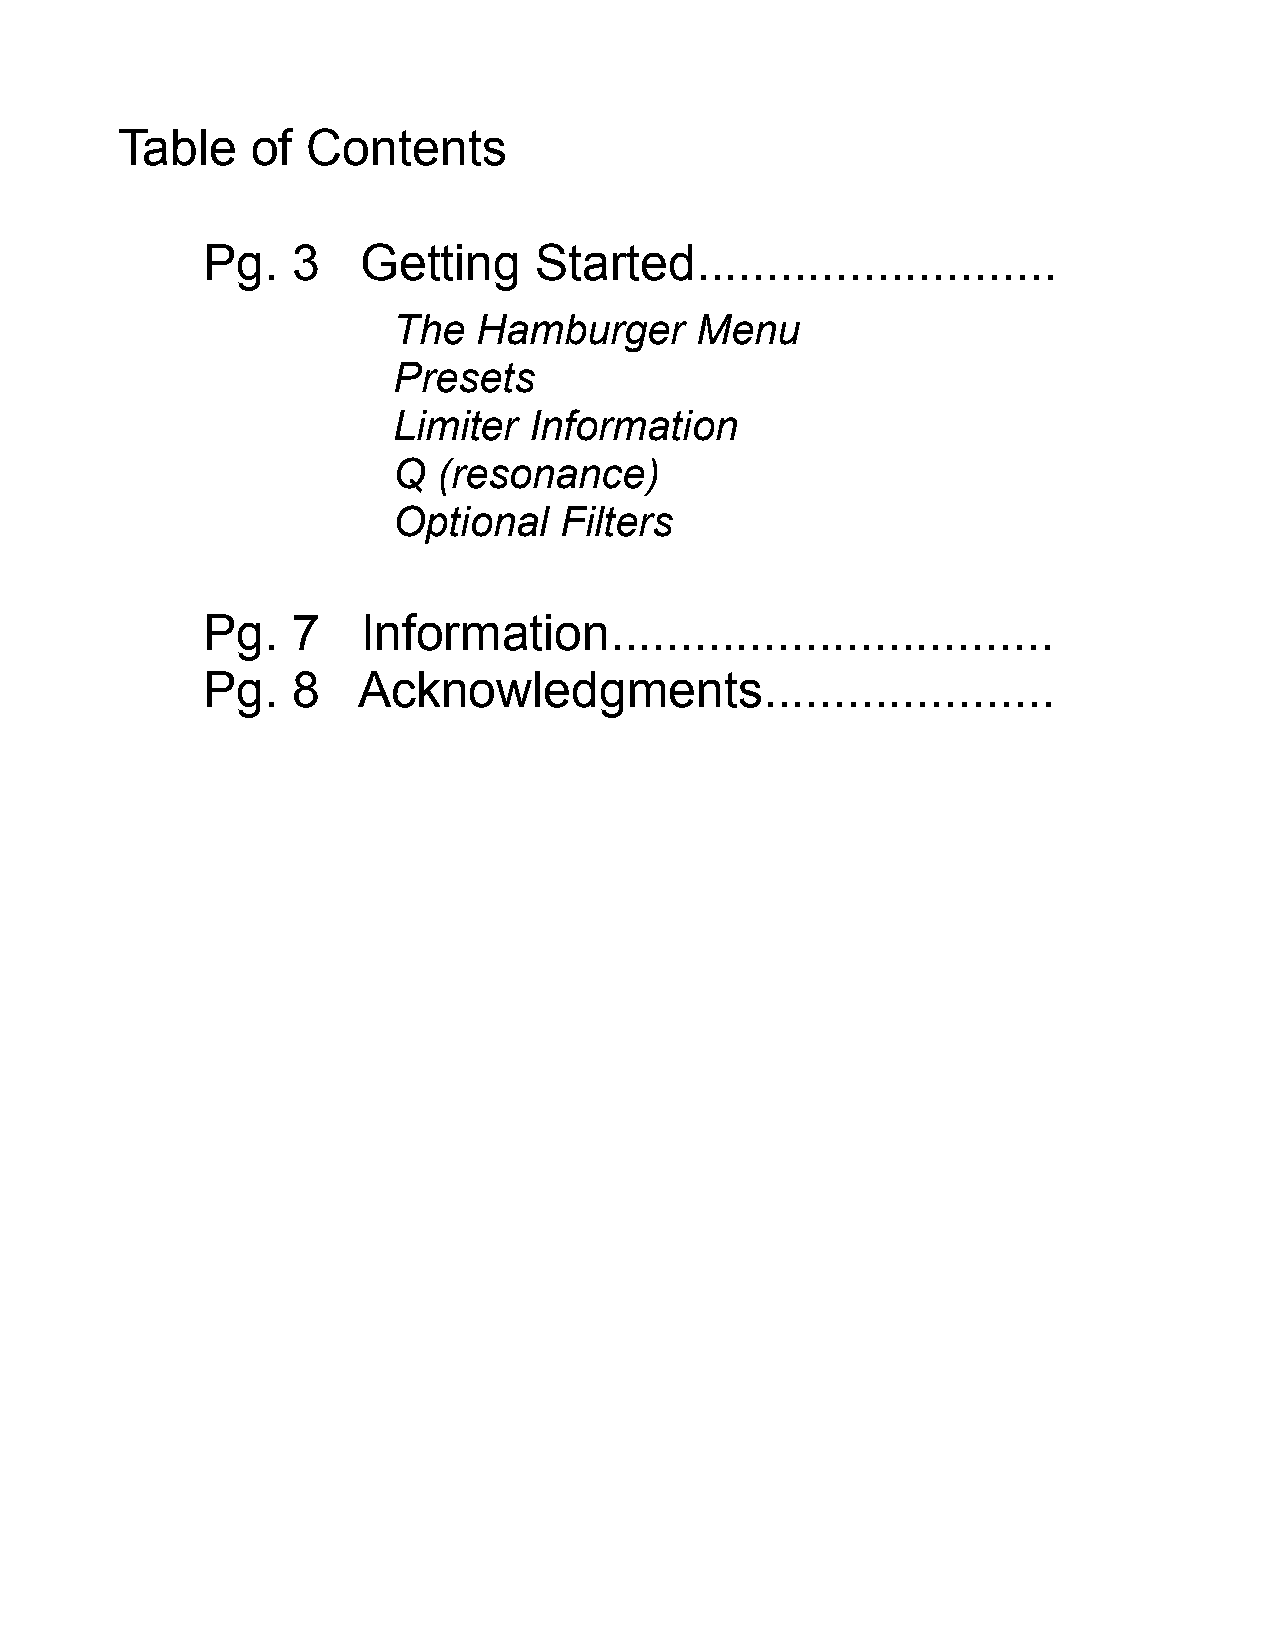
Table    of Contents
 Pg.   3    Getting    Started..........................
 The   Hamburger     Menu
 Presets
 Limiter  Information
 Q  (resonance)
 Optional   Filters
 Pg.   7    Information................................
 Pg.   8    Acknowledgments.....................